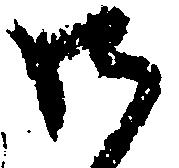
御